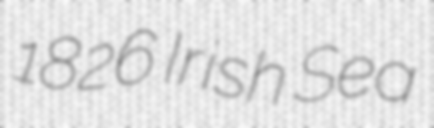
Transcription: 1826 Irish Sea